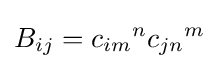
B_{ij}={c_{im}}^{n}{c_{jn}}^{m}